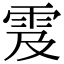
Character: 雭